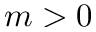
m > 0